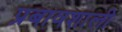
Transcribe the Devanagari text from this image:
प्रबावशाली